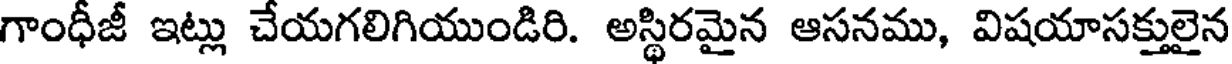
గాంధీజీ ఇట్లు చేయగలిగియుండిరి. అస్థిరమైన ఆసనము, విషయాసక్తులైన